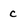
Character: c